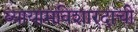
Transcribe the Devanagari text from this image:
व्यायामविशारदाची